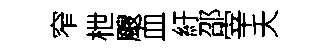
窄枻颼血紆邵宰夭